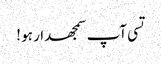
تسی آپ سمجھدار ہو !